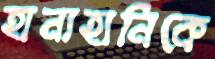
হানাহানিকে